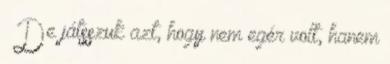
– De játsszuk azt, hogy nem egér volt, hanem